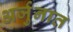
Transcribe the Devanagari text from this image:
अर्जुनात